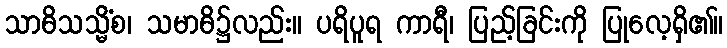
သာဓိသသ္မိံစ၊ သမာဓိ၌လည်း။ ပရိပူရ ကာရီ၊ ပြည့်ခြင်းကို ပြုလေ့ရှိ၏။